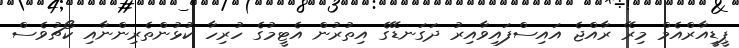
ޕީޑީއާރްއެމް މިރޭ ރާއްޖެ އައިސްފައިވާއިރު ދަގަނޑޭގެ އިތުރުން އެޓީމުގެ ހުރިހާ ކުޅުންތެރިންނާއި ކޯޗުވެސް